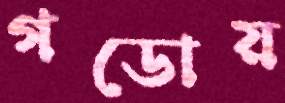
গডোয়